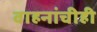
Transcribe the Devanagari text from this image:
वाहनांचीही